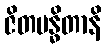
ဇိတဗန္ဓိတာနိ